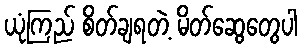
ယုံကြည် စိတ်ချရတဲ့ မိတ်ဆွေတွေပါ